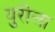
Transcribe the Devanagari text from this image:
युरीला